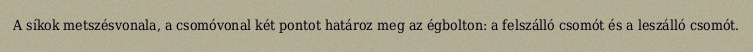
A síkok metszésvonala, a csomóvonal két pontot határoz meg az égbolton: a felszálló csomót és a leszálló csomót.